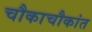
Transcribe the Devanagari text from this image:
चौकाचौकांत